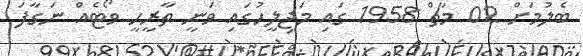
ބެލުމަށް 02 މާޗް 1958 ގައި މަޖިލީހުގައި ވަނީ ތާރީހީ ވޯޓެއް ނަގާފަ